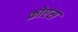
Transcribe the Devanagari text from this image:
क्रोएस